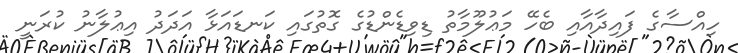
ހިއްސާގެ ފައިދާއާއި ބެހޭ މަޢުލޫމާތު ޑިވިޑެންޑުގެ ގޮތުގައި ކަނޑައަޅާ އަދަދު އިޢުލާނު ކުރަނީ